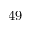
4 9